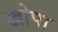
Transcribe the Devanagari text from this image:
खोपा